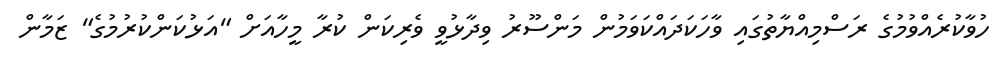
ހުވާކުރެއްވުމުގެ ރަސްމިއްޔާތުގައި ވާހަކަދައްކަވަމުން މަންސޫރު ވިދާޅުވީ ވެރިކަން ކުރާ މީހާއަށް "އަޅުކަންކުރުމުގެ" ޒަމާން